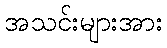
အသင်းများအား